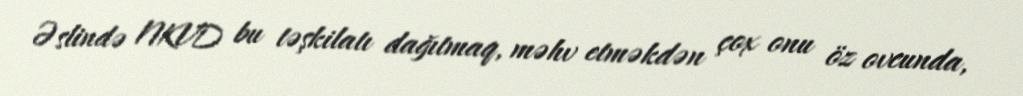
Əslində NKVD bu təşkilatı dağıtmaq, məhv etməkdən çox onu öz ovcunda,